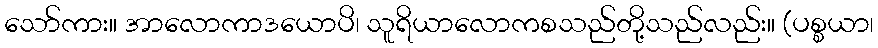
သော်ကား။ အာလောကာဒယောပိ၊ သူရိယာလောကစသည်တို့သည်လည်း။ (ပစ္စယာ၊